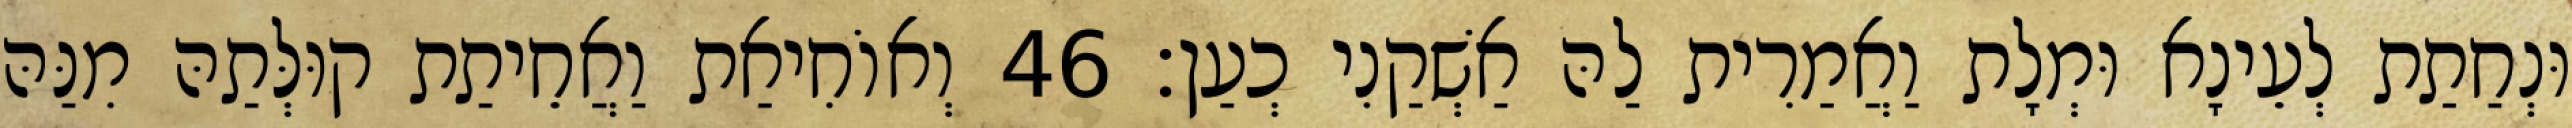
וּנְחַתַת לְעֵינָא וּמְלָת וַאֲמַרִית לַהּ אַשְׁקַנִי כְעַן׃ 46 וְאוֹחִיאַת וַאֲחֵיתַת קוּלְּתַהּ מִנַּהּ